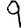
Digit: 9